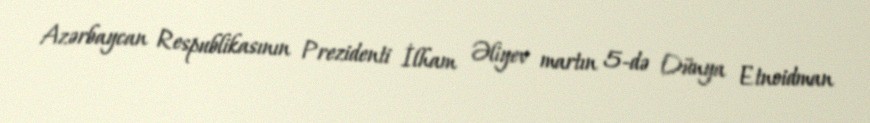
Azərbaycan Respublikasının Prezidenti İlham Əliyev martın 5-də Dünya Etnoidman